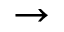
\rightarrow